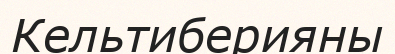
Кельтиберияны